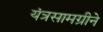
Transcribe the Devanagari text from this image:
यंत्रसामग्रीने